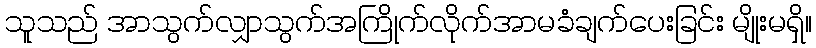
သူသည် အာသွက်လျှာသွက်အကြိုက်လိုက်အာမခံချက်ပေးခြင်း မျိုးမရှိ။